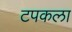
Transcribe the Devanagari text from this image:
टपकला